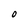
Character: O